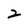
Character: 2